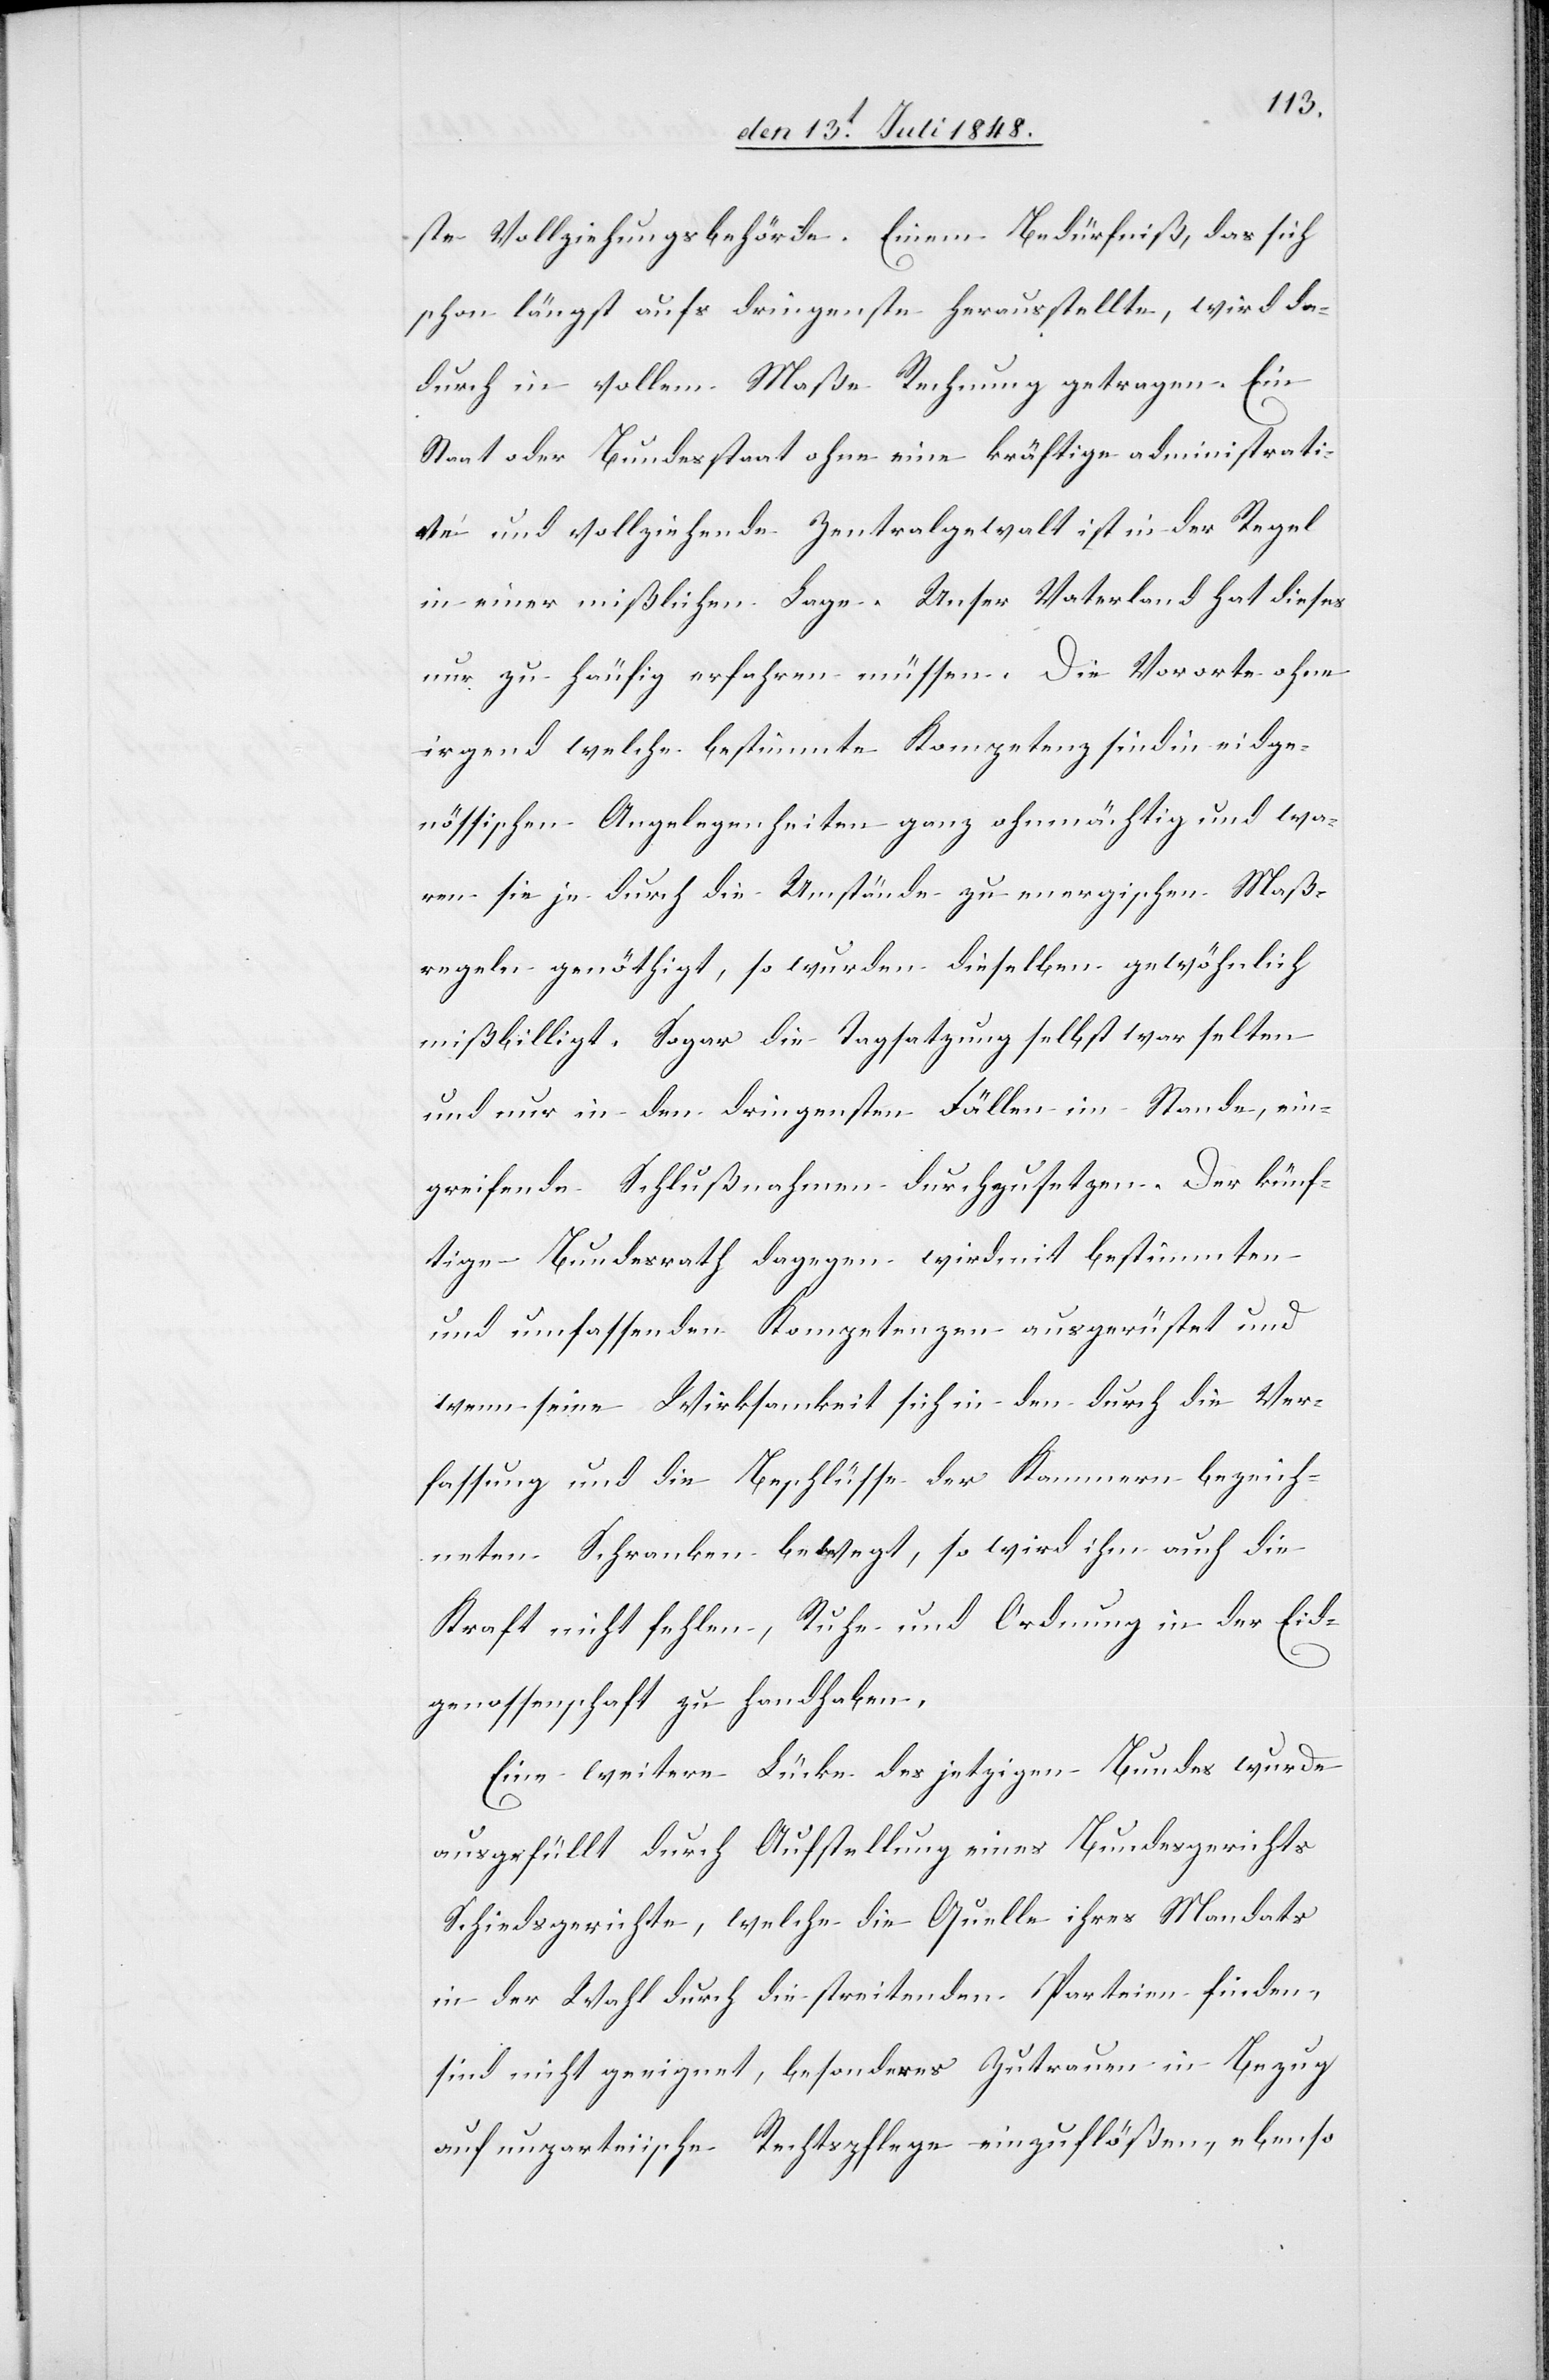
ste Vollziehungsbehörde. Einem Bedürfniß, das sich
schon längst aufs dringenste herausstellte, wird da¬
durch in vollem Maße Rechnung getragen. Ein
Staat oder Bundesstaat ohne ein kräftige administrati¬
ve und vollziehende Zentralgewalt ist in der Regel
in einer mißlichen Lage. Unser Vaterland hat dieses
nur zu häufig erfahren müssen. Die Vororte ohne
irgend welche bestimmte Kompetenz sind in eidge¬
nössischen Angelegenheiten ganz ohnmächtig und wa¬
ren sie je durch die Umstände zu energischen Maß¬
regeln genöthigt, so wurden dieselben gewöhnlich
mißbilligt. Sogar die Tagsatzung selbst war selten
und nur in den dringensten Fällen im Stande, ein¬
greifende Schlußnahmen durchzusetzen. Der künf¬
tige Bundesrath dagegen wird mit bestimmten
und umfassenden Kompetenzen ausgerüstet und
wenn seine Wirksamkeit sich in den durch die Ver¬
fassung und die Beschlüsse der Kammern bezeich¬
neten Schranken bewegt, so wird ihm auch die
Kraft nicht fehlen, Ruhe und Ordnung in der Eid¬
genossenschaft zu handhaben.
Eine weitere Lücke des jetzigen Bundes wurde
ausgefüllt durch Aufstellung eines Bundesgerichts
Schiedsgerichte, welche die Quelle ihres Mandats
in der Wahl durch die streitenden Parteien finden,
sind nicht geeignet, besonderes Zutrauen in Bezug
auf unparteiische Rechtspflege einzuflößen, ebenso